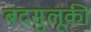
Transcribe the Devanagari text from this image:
बदसुलूकी